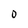
Character: 0